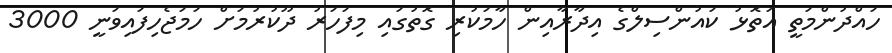
ހައްދުންމަތީ އަތޮޅު ކައުންސިލްގެ އިދާރާއިން ހާމަކުރި ގޮތުގައި މިފަހަރު ދޫކުރުމަށް ހަމަޖެހިފައިވަނީ 3000